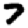
Digit: 7